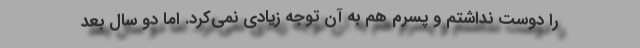
را دوست نداشتم و پسرم هم به آن توجه زیادی نمی‌کرد. اما دو سال بعد